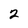
Character: 2